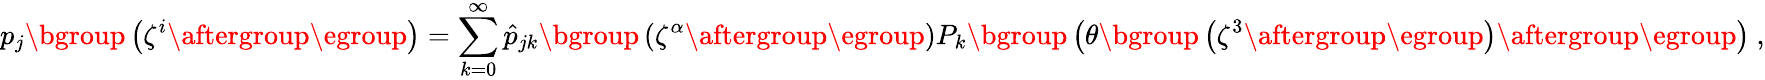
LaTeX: p_{j}\mathopen{}\mathclose\bgroup\left(\zeta^{i}\aftergroup\egroup\right)=\sum_{k=0}^{\infty}\hat{p}_{jk}\mathopen{}\mathclose\bgroup\left(\zeta^{\alpha}\aftergroup\egroup\right)P_{k}\mathopen{}\mathclose\bgroup\left(\theta\mathopen{}\mathclose\bgroup\left(\zeta^{3}\aftergroup\egroup\right)\aftergroup\egroup\right)~,